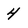
Character: 4